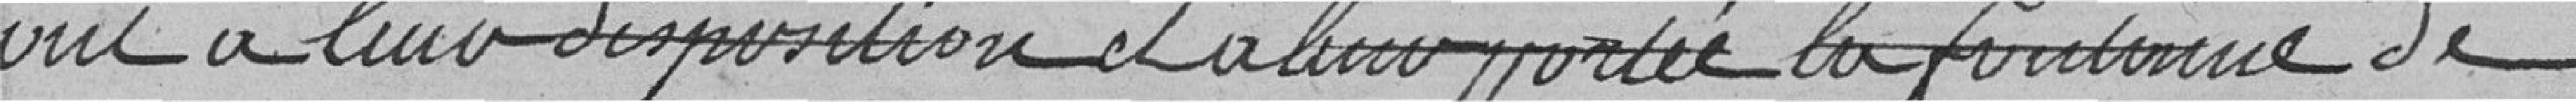
ont à leur disposition et à leur portée la fontaine de